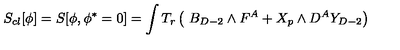
S _ { c l } [ \phi ] = S [ \phi , \phi ^ { * } = 0 ] = \int T _ { r } \left( \ B _ { D - 2 } \wedge F ^ { A } + X _ { p } \wedge D ^ { A } Y _ { D - 2 } \right)